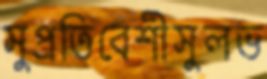
সুপ্রতিবেশীসুলভ